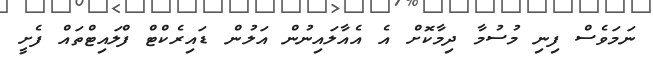
ނަމަވެސް ފިނި މުސުމާ ދިމާކޮށް އެ އެއާލައިނުން އަލުން ޑައިރެކްޓް ފްލައިޓްތައް ފެށީ